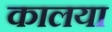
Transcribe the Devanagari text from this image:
कालया